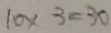
1 0 \times 3 = 3 0